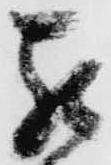
罷